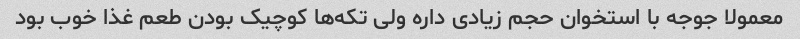
معمولا جوجه با استخوان حجم زیادی داره ولی تکه‌ها کوچیک بودن طعم غذا خوب بود